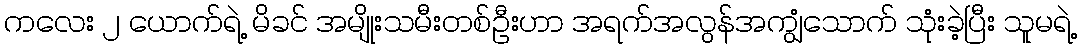
ကလေး ၂ ယောက်ရဲ့ မိခင် အမျိုးသမီးတစ်ဦးဟာ အရက်အလွန်အကျွံသောက် သုံးခဲ့ပြီး သူမရဲ့